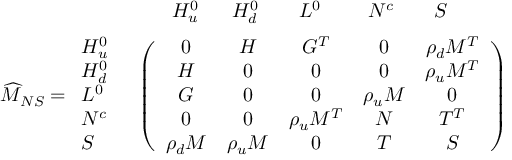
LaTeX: \begin{array} { r l } { { \vphantom { \bigg ( } } } & { { \begin{array} { c c c c c c } { { \quad \, H _ { u } ^ { 0 } } } & { { \ \ H _ { d } ^ { 0 } } } & { { \quad L ^ { 0 } } } & { { \quad \ N ^ { c } } } & { { \quad S } } & { { } } \end{array} } } \\ { { \widehat { M } _ { N S } = \begin{array} { l } { { H _ { u } ^ { 0 } } } \\ { { H _ { d } ^ { 0 } } } \\ { { L ^ { 0 } } } \\ { { N ^ { c } } } \\ { { S } } \end{array} } } & { { \left( \begin{array} { c c c c c } { { 0 } } & { { H } } & { { G ^ { T } } } & { { 0 } } & { { \rho _ { d } M ^ { T } } } \\ { { H } } & { { 0 } } & { { 0 } } & { { 0 } } & { { \rho _ { u } M ^ { T } } } \\ { { G } } & { { 0 } } & { { 0 } } & { { \rho _ { u } M } } & { { 0 } } \\ { { 0 } } & { { 0 } } & { { \rho _ { u } M ^ { T } } } & { { N } } & { { T ^ { T } } } \\ { { \rho _ { d } M } } & { { \rho _ { u } M } } & { { 0 } } & { { T } } & { { S } } \end{array} \right) } } \end{array}